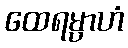
ထေရမ္ပာဟံ